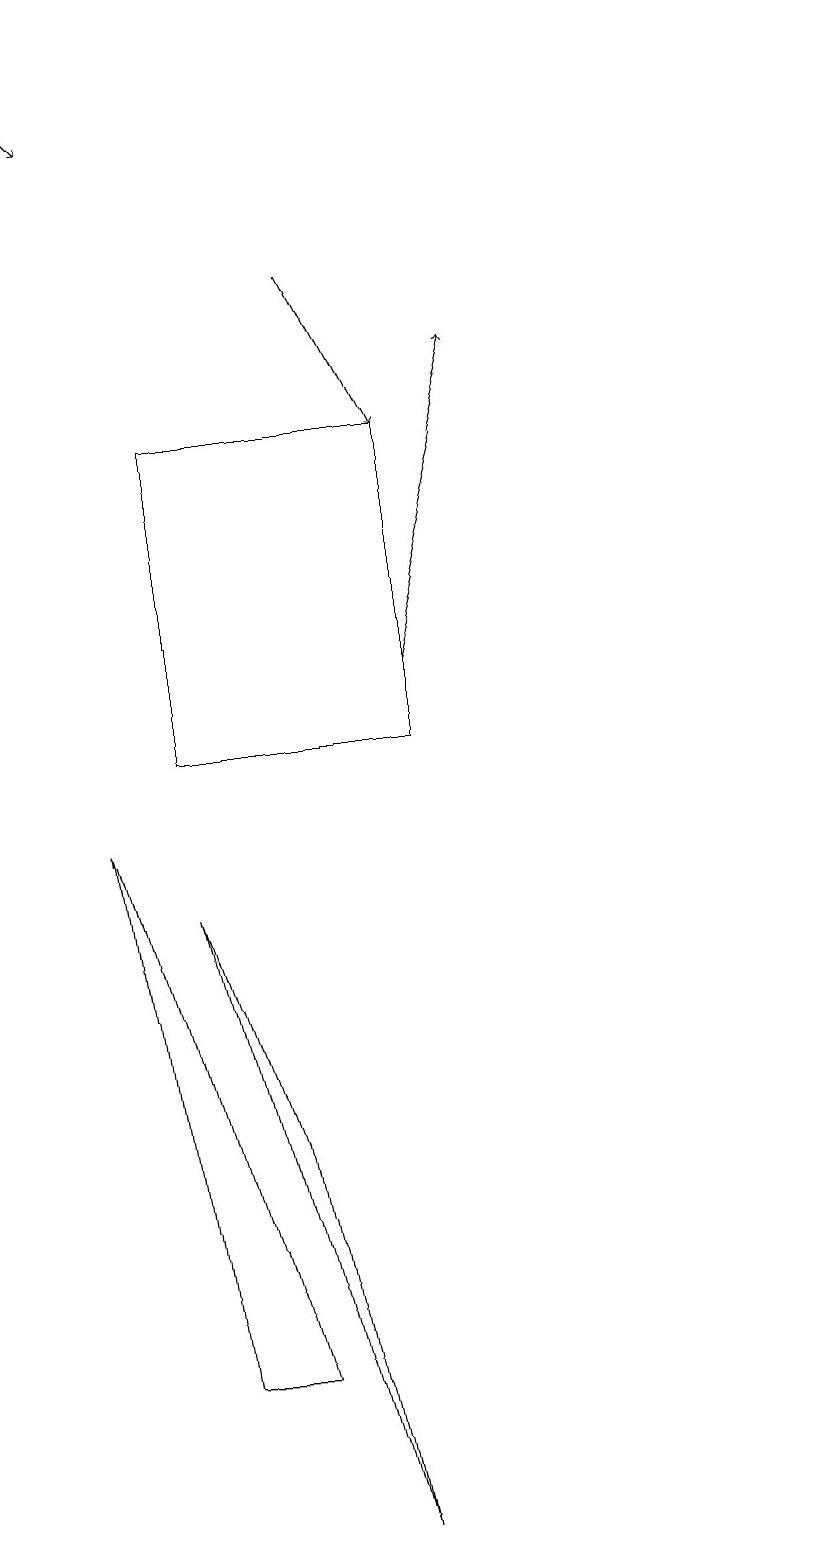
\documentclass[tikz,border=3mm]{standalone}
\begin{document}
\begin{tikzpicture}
\draw[->] (6,11) -- (7,15);
\draw (3,2) -- (2,9) -- (4,2) -- cycle;
\draw[->] (1,19) -- (2,18);
\draw (4,5) -- (3,8) -- (5,0) -- cycle;
\draw[->] (5,16) -- (6,14);
\draw (11,11) circle (0);
\draw (6,14) rectangle (3,10);
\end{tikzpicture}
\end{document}